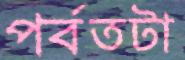
পর্বতটা